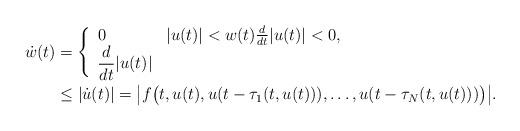
LaTeX: \begin{align*}\dot w(t)& = \left\{\begin{array}{ll}0 & |u(t)|<w(t)\frac{d}{dt}|u(t)|<0,\\\displaystyle\frac{d}{dt}|u(t)| & \end{array}\right. \\& \leq |\dot u(t)|=\bigl|f\bigl(t,u(t),u(t-\tau_1(t,u(t))),\dotsc,u(t-\tau_N(t,u(t)))\bigr)\bigr|.\end{align*}